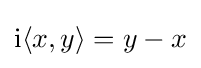
\operatorname {i} \langle x,y\rangle =y-x